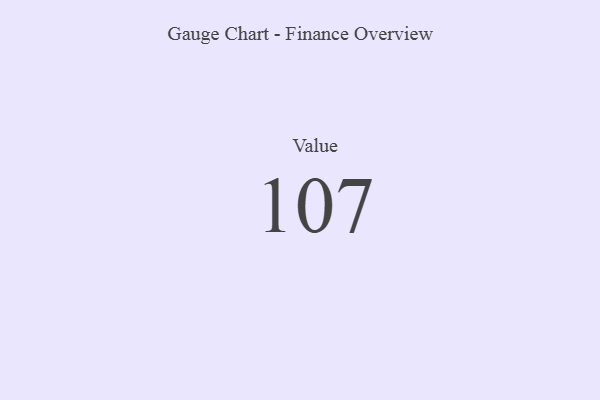
{"axis": {"x": "Metric", "y": "Value"}, "legend": [""], "data": [{"x": "Value", "y": 107, "type": ""}]}